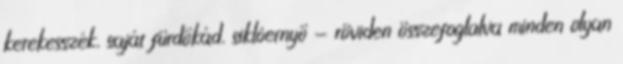
kerekesszék, saját fürdőkád, siklóernyő - röviden összefoglalva minden olyan